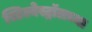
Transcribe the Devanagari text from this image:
स्टिल्बेस्ट्रॉलच्या